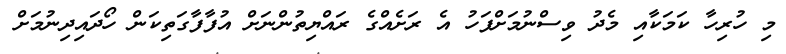
މި ހުރިހާ ކަމަކާއި މެދު ވިސްނުމަށްފަހު އެ ރަށެއްގެ ރައްޔިތުންނަށް އުފާފާގަތިކަން ހޯދައިދިނުމަށް